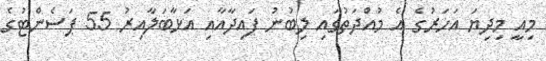
މިއީ މިދިޔަ އަހަރުގެ އެ މުއްދަތުގައި ލިބުނު ފައިދާއާއި އަޅާބަލާއިރު 55 ޕަސެންޓުގެ